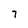
Character: 7